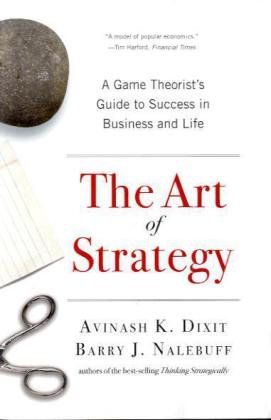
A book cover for The Art of Strategy: A Game Theorist's Guide to Success in Business and Life; Avinash K. Dixit; Science & Math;